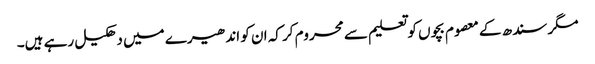
مگر سندھ کے معصوم بچوں کو تعلیم سے محروم کر کہ ان کو اندھیرے میں دھکیل رہے ہیں۔